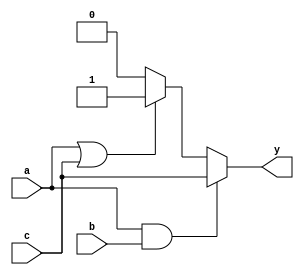
module combinational_logic (
    input wire a,          // Input signal a
    input wire b,          // Input signal b
    input wire c,          // Input signal c
    output reg y           // Output signal y
);

always @(*) begin
    // Combinational logic operations
    if (a && b) begin
        y = c;            // If a and b are both high, output c
    end else if (a || c) begin
        y = 1'b1;         // If a is high or c is high, output 1
    end else begin
        y = 1'b0;         // Otherwise, output 0
    end
end

endmodule